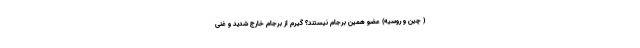
( چین و روسیه) عضو همین برجام نیستند؟ گیرم از برجام خارج شدید و غنی